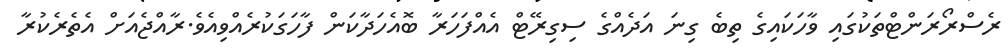
ރެސްރޯރަންޓްތަކުގައި ވާހަކައިގެ ތިބެ ގިނަ އަދެއްގެ ސިގިރޭޓް އެއްފަހަރާ ބޮއެހަދާކަން ފާހަގަކުރެއްވިއެވެ.ރާއްޖެއަށް އެތެރެކުރާ